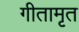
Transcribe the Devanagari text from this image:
गीतामृत